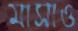
মাসাও